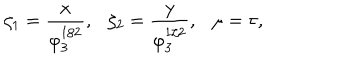
\zeta _ { 1 } = \frac { x } { \varphi _ { 3 } ^ { 1 / 2 } } , \zeta _ { 2 } = \frac { y } { \varphi _ { 3 } ^ { 1 / 2 } } , \mu = \tau ,